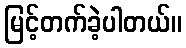
မြင့်တက်ခဲ့ပါတယ်။